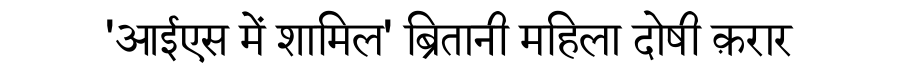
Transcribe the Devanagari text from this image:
'आईएस में शामिल' ब्रितानी महिला दोषी क़रार